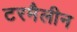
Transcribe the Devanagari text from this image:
टरमैलीन